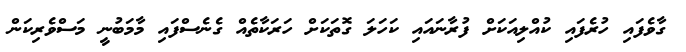
ގާވެފައި ހުރެފައި ކުއްލިއަކަށް ފުރާނައައި ކަހަލަ ގޮތަކަށް ހަރަކާތެއް ގެނެސްފައި މާމަބުނީ މަސްވެރިކަން